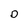
Character: D